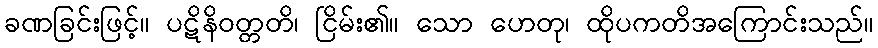
ခဏခြင်းဖြင့်။ ပဋိနိဝတ္တတိ၊ ငြိမ်း၏။ သော ဟေတု၊ ထိုပကတိအကြောင်းသည်။